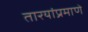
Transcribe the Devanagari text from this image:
तारयांप्रमाणे